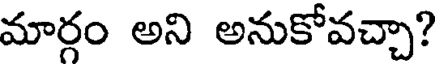
మార్గం అని అనుకోవచ్చా?